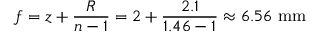
f = z + \frac { R } { n - 1 } = 2 + \frac { 2 . 1 } { 1 . 4 6 - 1 } \approx 6 . 5 6 ~ \mathrm { m m }